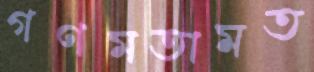
গণমতামত